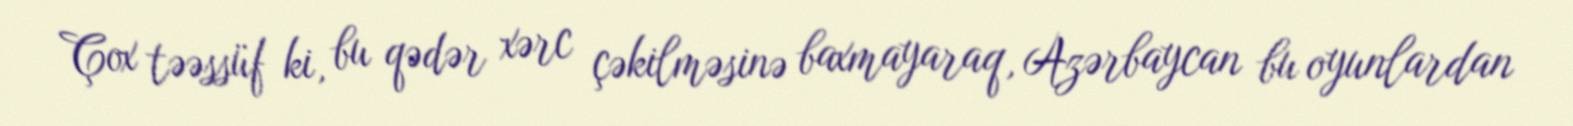
Çox təəssüf ki, bu qədər xərc çəkilməsinə baxmayaraq, Azərbaycan bu oyunlardan